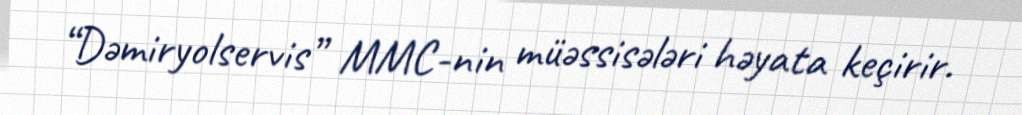
“Dəmiryolservis” MMC-nin müəssisələri həyata keçirir.